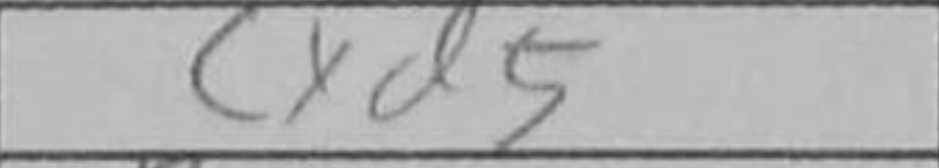
Transcription: cxd5